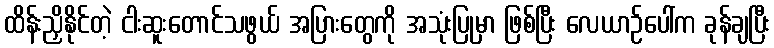
ထိန်းညှိနိုင်တဲ့ ငါးဆူးတောင်သဖွယ် အပြားတွေကို အသုံးပြုမှာ ဖြစ်ပြီး လေယာဉ်ပေါ်က ခုန်ချပြီး